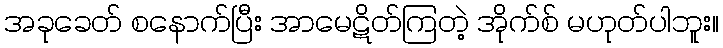
အခုခေတ် စနောက်ပြီး အာမေဋိတ်ကြတဲ့ အိုက်စ် မဟုတ်ပါဘူး။